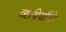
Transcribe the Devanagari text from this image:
ऋषियौंके